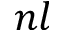
n l